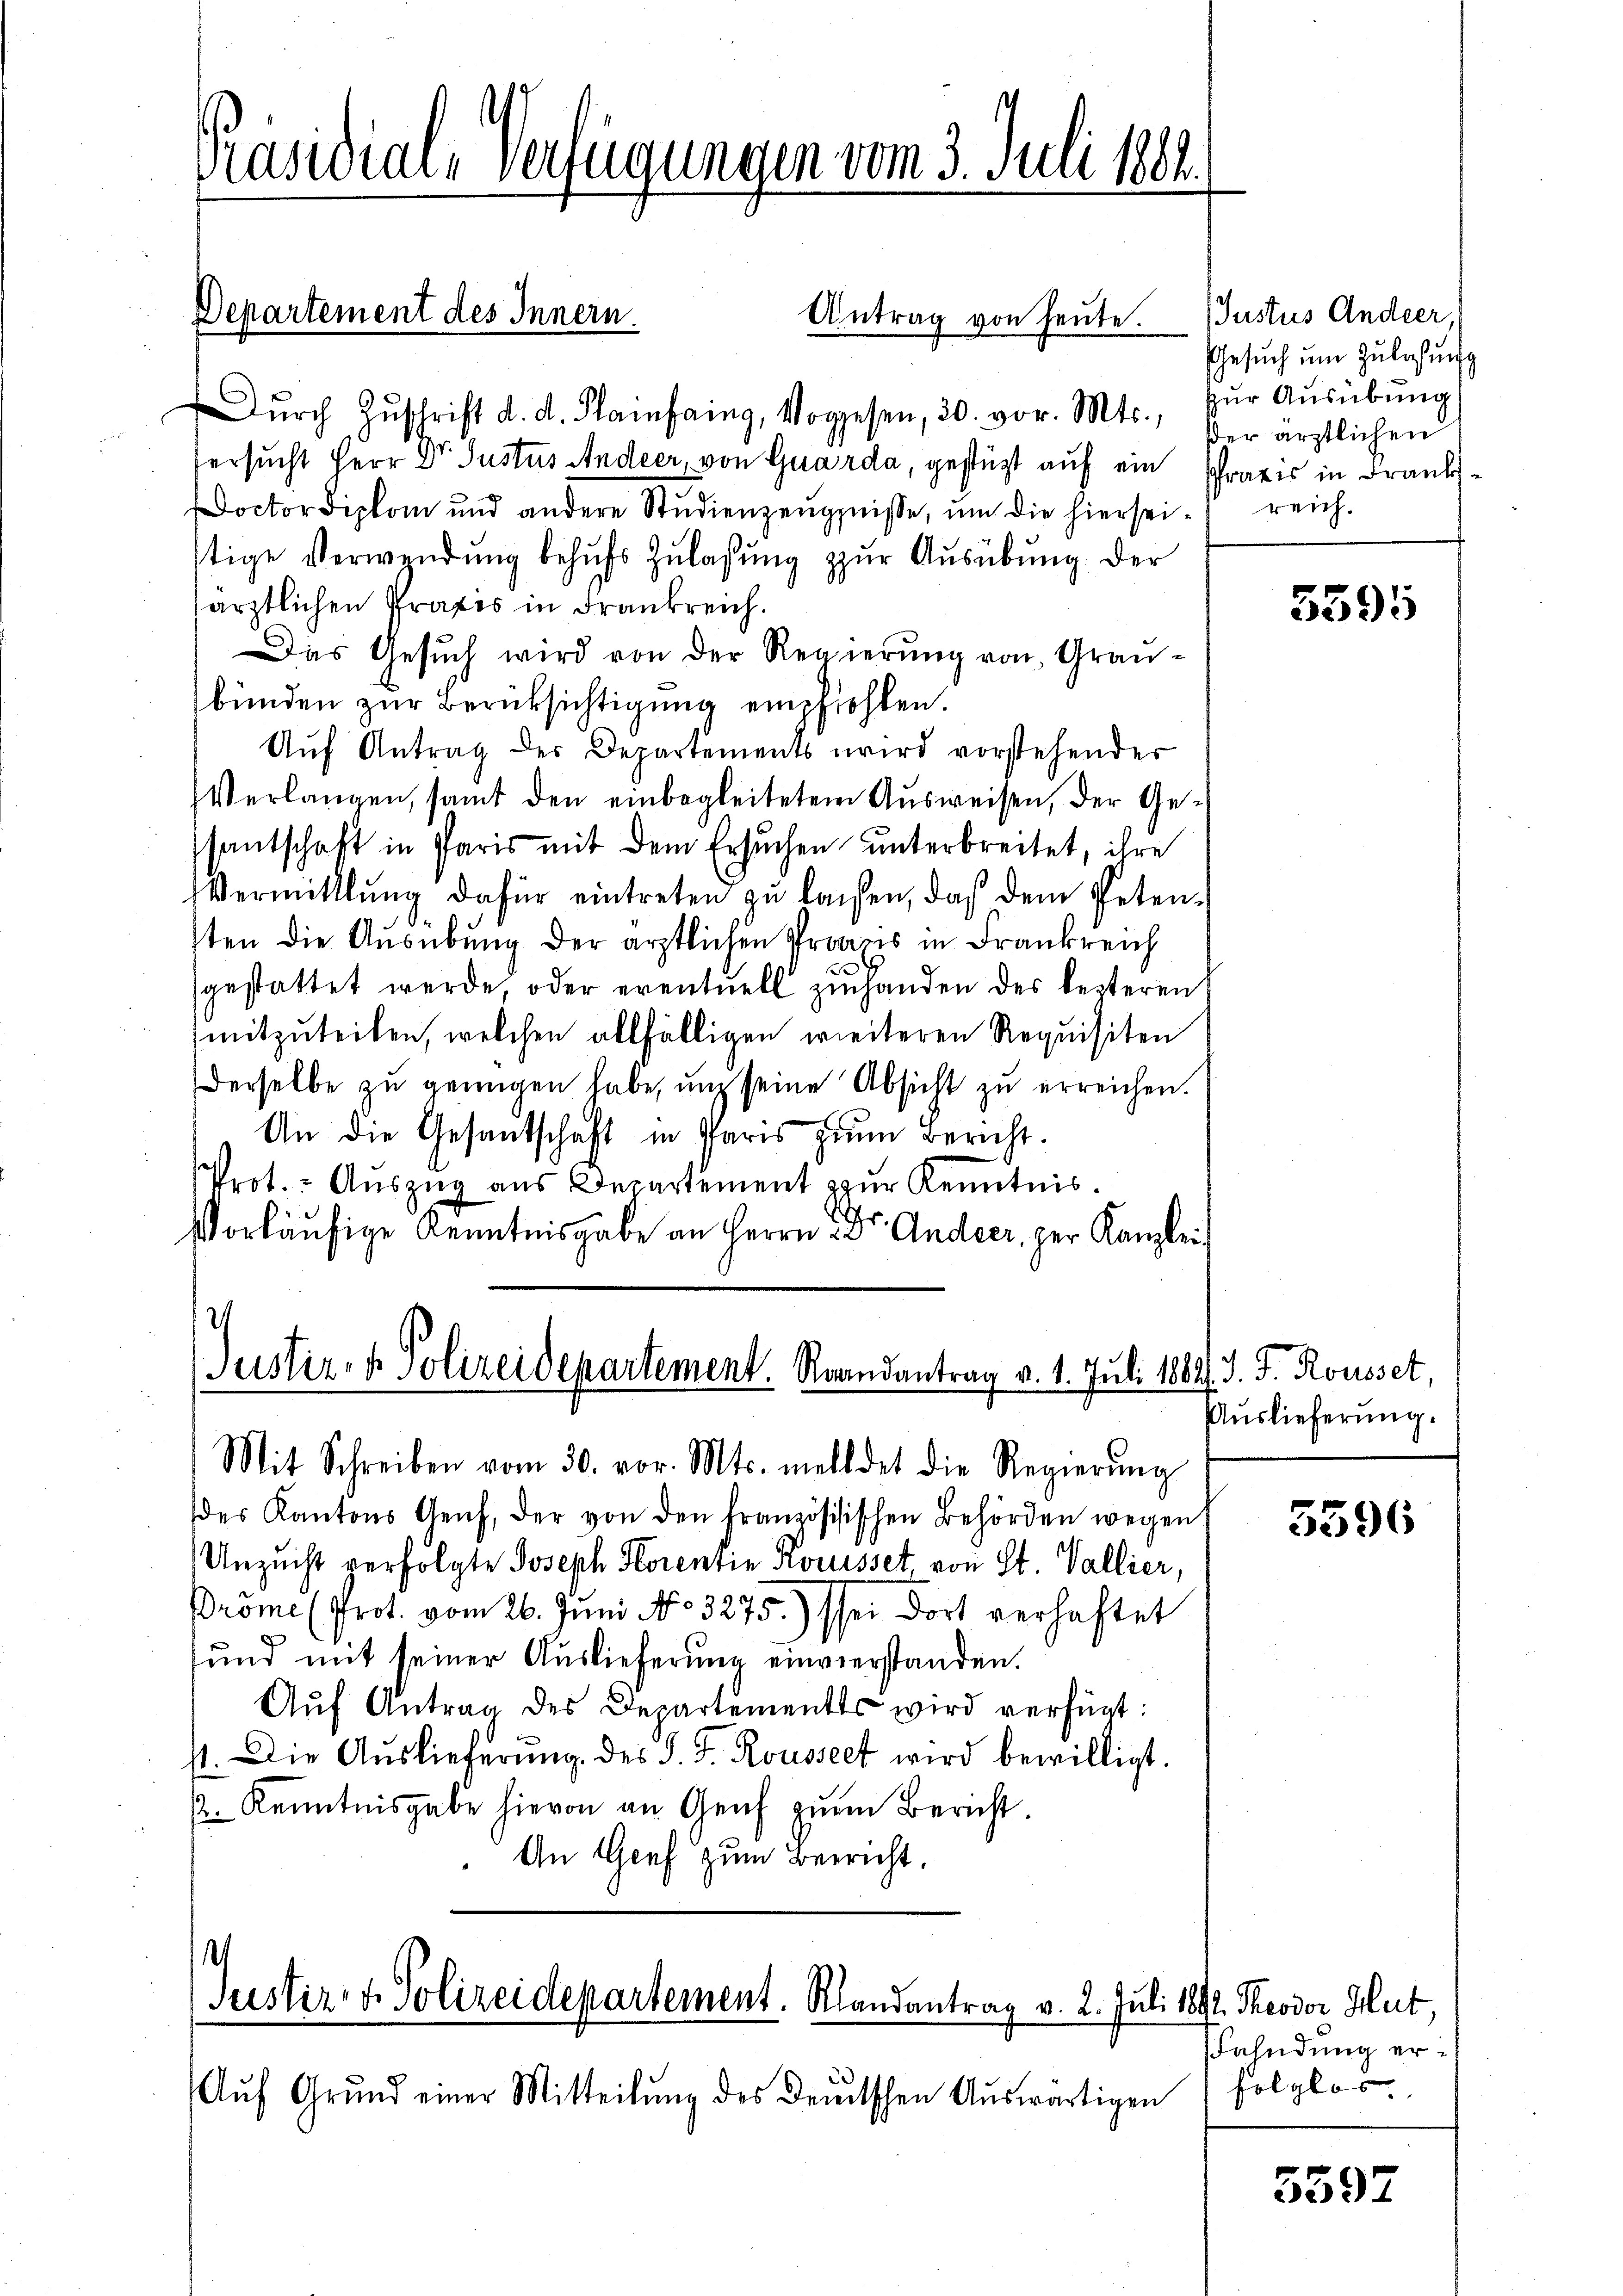
Präsidial-Verfügungen vom 3. Juli 1884.

Dŭrch Zŭschrift d. d. Planfang, Vorgesen, 30. vor. Mts., zŭr Aŭsübŭng
Versucht Herr Dr. Justus Andeer, von Quarda, gestützt auf ein Praxis in Frank.
Doctor Diplom und andere Studienzeugniße, um die hierseitige Verwendŭng behŭfs Zulassŭng zŭr Aŭsübŭng der
särztlichen Praxis in Frankreich.
Das Gesuch wird von der Regierung von Graubünden zur Berüksichtigung empfiehlen.
Auf Antrag des Departements wird vorstehender
Verlangen, samt den einbegleitetem Ausweisen, der Gesantschaft in Paris mit dem Ersuchen unterbreitet, ihre
Vermittlung dafür eintreten zŭ lassen, daß dem Peten-
¬
sten die Ausübung der ärztlichen Produs in Frankreich
d
gestattet werde oder eventuell zuhanden des lezteren
mitzuteilen, welchen allfälligen weiteren Requisiten
Derselbe zu genügen habe, und seine Absicht zu erreichen.
An die Gesantschaft in Paris zum Bericht.
Prot. Aŭszŭg aŭs Departement zŭr Kenntnis.
Vorläufige Kenntnisgabe an Herrn Dr. Andeer, per Kanzlei

Departement des Innern.
Antrag von heŭte Justus Andeer,

7
Justiz- & Polizeidepartement. Raandantrag v. 1. Juli 1881
Mit Schreiben vom 30. vor. Mts. meldet die Regierŭng

des Kantons Genf, der von den französisischen Behörden wegen
Unzucht verfolgte Joseph Storentin Kousset, von St. Vallier,
Bröme (Prot. vom 26. Juni No 3275.) sei dort verhaftet
sund mit seiner Auslieferung einverstanden.
Aŭf Antrag des Departementes wird verfügt:
71. Die Aŭslieferŭng des P. F. Roussee wird bewilligt.
p. Kenntnisgabe hievon an Genf zum Bericht.
An Genf zum Beericht.

¬
Justiz- & Polizeidepartement. Klandantrag v. 2. Juli 1892. Theodor Hut

Aŭf Grŭnd einer Mitteilŭng des Deutschen Aŭswärtigen

Gesuch um Zulassung
dder ärztlichen
reich.

d. J. J. Rousset,
Auslieferung.

Fahndung erfolglos

5595

5596

5597